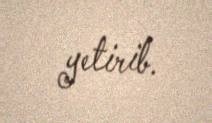
yetirib.